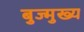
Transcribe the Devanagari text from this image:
बुज्मुख्य